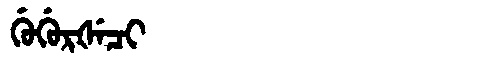
Manchu: ᡤᡠᡤᡠᡵᡧᡝᠴᡳ
Romanization: GUGURŠECI